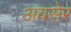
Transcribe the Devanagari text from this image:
अवसेर